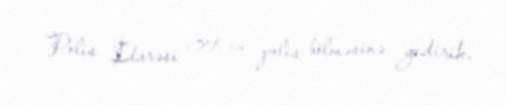
Polis İdarəsi 39-cu polis bölməsinə gedirik.